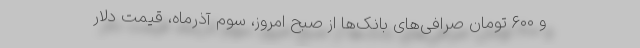
و ۶۰۰ تومان صرافی‌های بانک‌ها از صبح امروز، سوم آذرماه، قیمت دلار